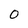
Character: 0